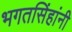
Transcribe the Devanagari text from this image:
भगतसिंहांनी